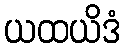
ယထယိဒံ